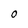
Character: O